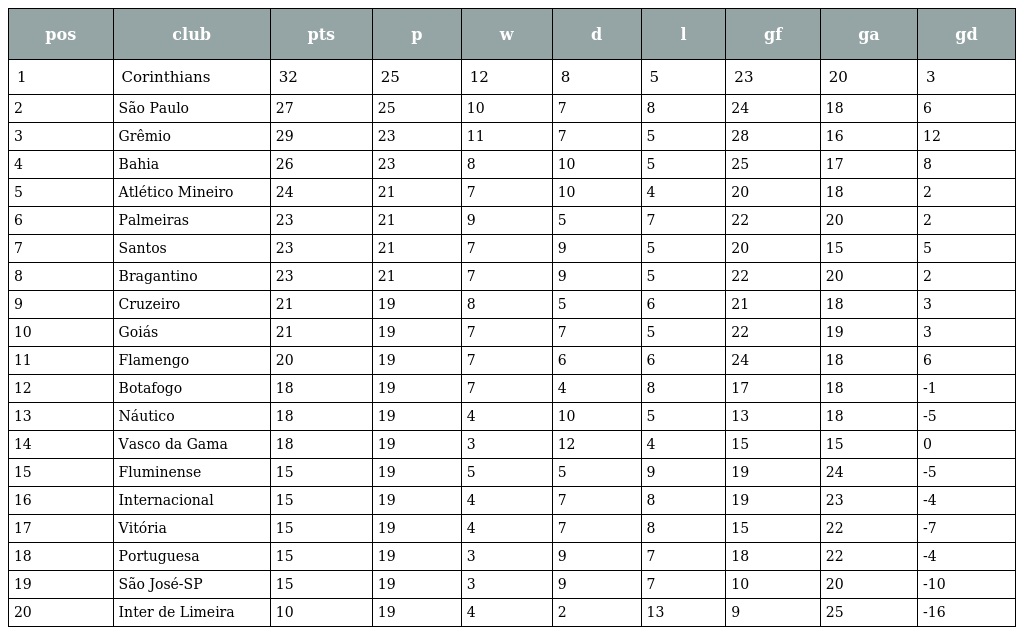
| pos | club | pts | p | w | d | l | gf | ga | gd |
 | --- | --- | --- | --- | --- | --- | --- | --- | --- | --- |
 | 1 | Corinthians | 32 | 25 | 12 | 8 | 5 | 23 | 20 | 3 |
 | 2 | São Paulo | 27 | 25 | 10 | 7 | 8 | 24 | 18 | 6 |
 | 3 | Grêmio | 29 | 23 | 11 | 7 | 5 | 28 | 16 | 12 |
 | 4 | Bahia | 26 | 23 | 8 | 10 | 5 | 25 | 17 | 8 |
 | 5 | Atlético Mineiro | 24 | 21 | 7 | 10 | 4 | 20 | 18 | 2 |
 | 6 | Palmeiras | 23 | 21 | 9 | 5 | 7 | 22 | 20 | 2 |
 | 7 | Santos | 23 | 21 | 7 | 9 | 5 | 20 | 15 | 5 |
 | 8 | Bragantino | 23 | 21 | 7 | 9 | 5 | 22 | 20 | 2 |
 | 9 | Cruzeiro | 21 | 19 | 8 | 5 | 6 | 21 | 18 | 3 |
 | 10 | Goiás | 21 | 19 | 7 | 7 | 5 | 22 | 19 | 3 |
 | 11 | Flamengo | 20 | 19 | 7 | 6 | 6 | 24 | 18 | 6 |
 | 12 | Botafogo | 18 | 19 | 7 | 4 | 8 | 17 | 18 | -1 |
 | 13 | Náutico | 18 | 19 | 4 | 10 | 5 | 13 | 18 | -5 |
 | 14 | Vasco da Gama | 18 | 19 | 3 | 12 | 4 | 15 | 15 | 0 |
 | 15 | Fluminense | 15 | 19 | 5 | 5 | 9 | 19 | 24 | -5 |
 | 16 | Internacional | 15 | 19 | 4 | 7 | 8 | 19 | 23 | -4 |
 | 17 | Vitória | 15 | 19 | 4 | 7 | 8 | 15 | 22 | -7 |
 | 18 | Portuguesa | 15 | 19 | 3 | 9 | 7 | 18 | 22 | -4 |
 | 19 | São José-SP | 15 | 19 | 3 | 9 | 7 | 10 | 20 | -10 |
 | 20 | Inter de Limeira | 10 | 19 | 4 | 2 | 13 | 9 | 25 | -16 |